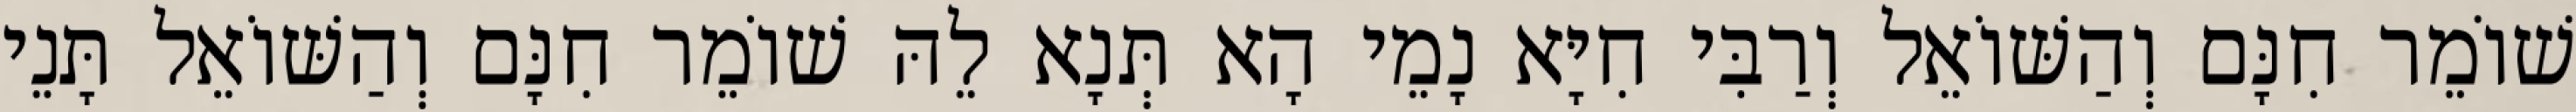
שׁוֹמֵר חִנָּם וְהַשּׁוֹאֵל וְרַבִּי חִיָּא נָמֵי הָא תְּנָא לֵהּ שׁוֹמֵר חִנָּם וְהַשּׁוֹאֵל תָּנֵי